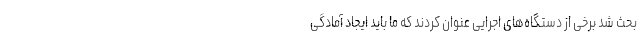
بحث شد برخی از دستگاه‌های اجرایی عنوان کردند که ما باید ایجاد آمادگی